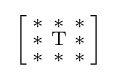
{\Bigl [}{\begin{smallmatrix}\mathrm {*} &\mathrm {*} &\mathrm {*} \\\mathrm {*} &\mathrm {T} &\mathrm {*} \\\mathrm {*} &\mathrm {*} &\mathrm {*} \end{smallmatrix}}{\Bigr ]}